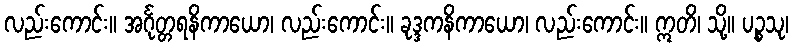
လည်းကောင်း။ အင်္ဂုတ္တရနိကာယော၊ လည်းကောင်း။ ခုဒ္ဒကနိကာယော၊ လည်းကောင်း။ ဣတိ၊ သို့။ ပဉ္စသု၊